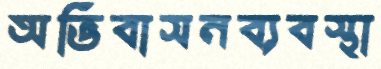
অভিবাসনব্যবস্থা